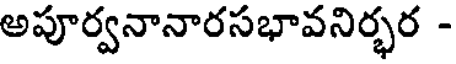
అపూర్వనానారసభావనిర్భర -